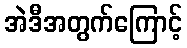
အဲဒီအတွက်ကြောင့်